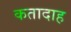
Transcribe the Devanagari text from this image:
कतादाह